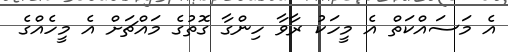
އެ މަސައްކަތް އެ މީހަކު ރާވާ ހިންގާ ގޮތުގެ މައްޗަށް އެ މީހެއްގެ